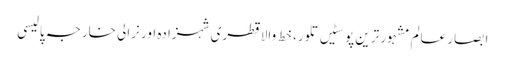
ابصار عالم	مشہور ترین پوسٹیں	تلور، خط والا قطری شہزادہ اور نرالی خارجہ پالیسی